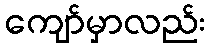
ကျော်မှာလည်း